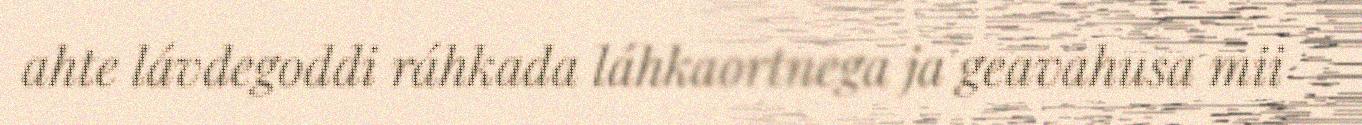
ahte lávdegoddi ráhkada láhkaortnega ja geavahusa mii